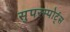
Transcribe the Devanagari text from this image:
सुपरस्पोर्ट्‌स